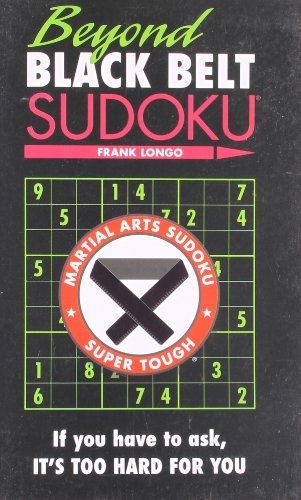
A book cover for Beyond Black Belt Sudoku: If you have to ask, it's too hard for you. (Martial Arts Puzzles Series); Frank Longo; Humor & Entertainment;